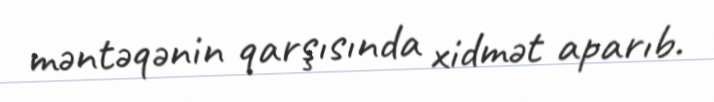
məntəqənin qarşısında xidmət aparıb.